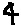
Text: 4